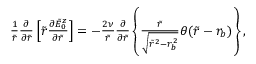
\begin{array} { r } { \frac { 1 } { \tilde { r } } \frac { \partial } { \partial \tilde { r } } \left[ \tilde { r } \frac { \partial \tilde { E } _ { 0 } ^ { z } } { \partial \tilde { r } } \right] = - \frac { 2 \nu } { \tilde { r } } \frac { \partial } { \partial \tilde { r } } \left\{ \frac { \tilde { r } } { \sqrt { \tilde { r } ^ { 2 } - r _ { b } ^ { 2 } } } \theta ( \tilde { r } - r _ { b } ) \right\} , } \end{array}